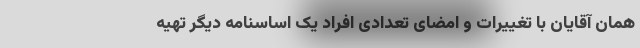
همان آقایان با تغییرات و امضای تعدادی افراد یک اساسنامه دیگر تهیه